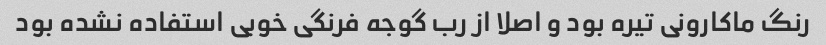
رنگ ماکارونی تیره بود و اصلا از رب گوجه فرنگی خوبی استفاده نشده بود